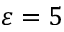
\varepsilon = 5